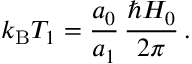
k _ { \mathrm { B } } T _ { 1 } = \frac { a _ { 0 } } { a _ { 1 } } \, \frac { \hbar H _ { 0 } } { 2 \pi } \, .